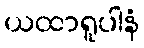
ယထာရူပါနံ